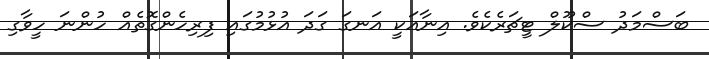
ބަސްމަދު ސްކޫލް ޓީޗަރެކެވެ. އިނާއަކީ އަނގަ ގަދަ އުޅުމުގައި ފިރިހެންގޮތެއް ހުންނަ ހީވާގި